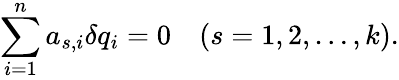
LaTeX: \sum_{i=1}^{n}a_{s,i}\delta q_{i}=0~~~~(s=1,2,\ldots,k).